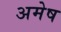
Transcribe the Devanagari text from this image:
अमेष